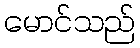
မောင်သည်